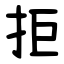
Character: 拒